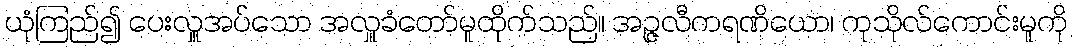
ယုံကြည်၍ ပေးလှူအပ်သော အလှူခံတော်မူထိုက်သည်။ အဉ္ဇလီကရဏိယော၊ ကုသိုလ်ကောင်းမူကို